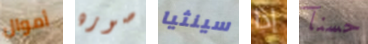
أموال صوره سينثيا إذا حسنآ